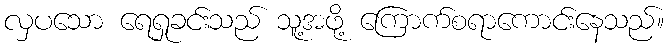
လှပသော ရေရှုခင်းသည် သူ့အဖို့ ကြောက်စရာကောင်းနေသည်။